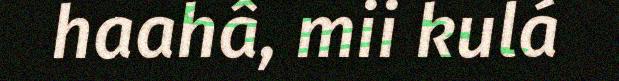
haahâ, mii kulá